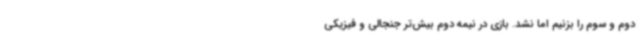
دوم و سوم را بزنیم اما نشد. بازی در نیمه دوم بیش‌تر جنجالی و فیزیکی